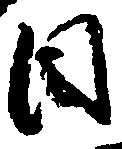
目